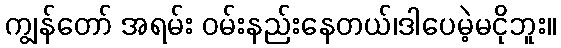
ကျွန်တော် အရမ်း ဝမ်းနည်းနေတယ်၊ဒါပေမဲ့မငိုဘူး။